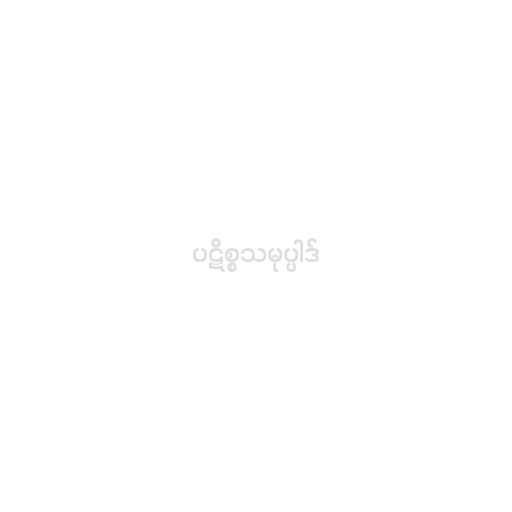
ပဋိစ္စသမုပ္ပါဒ်